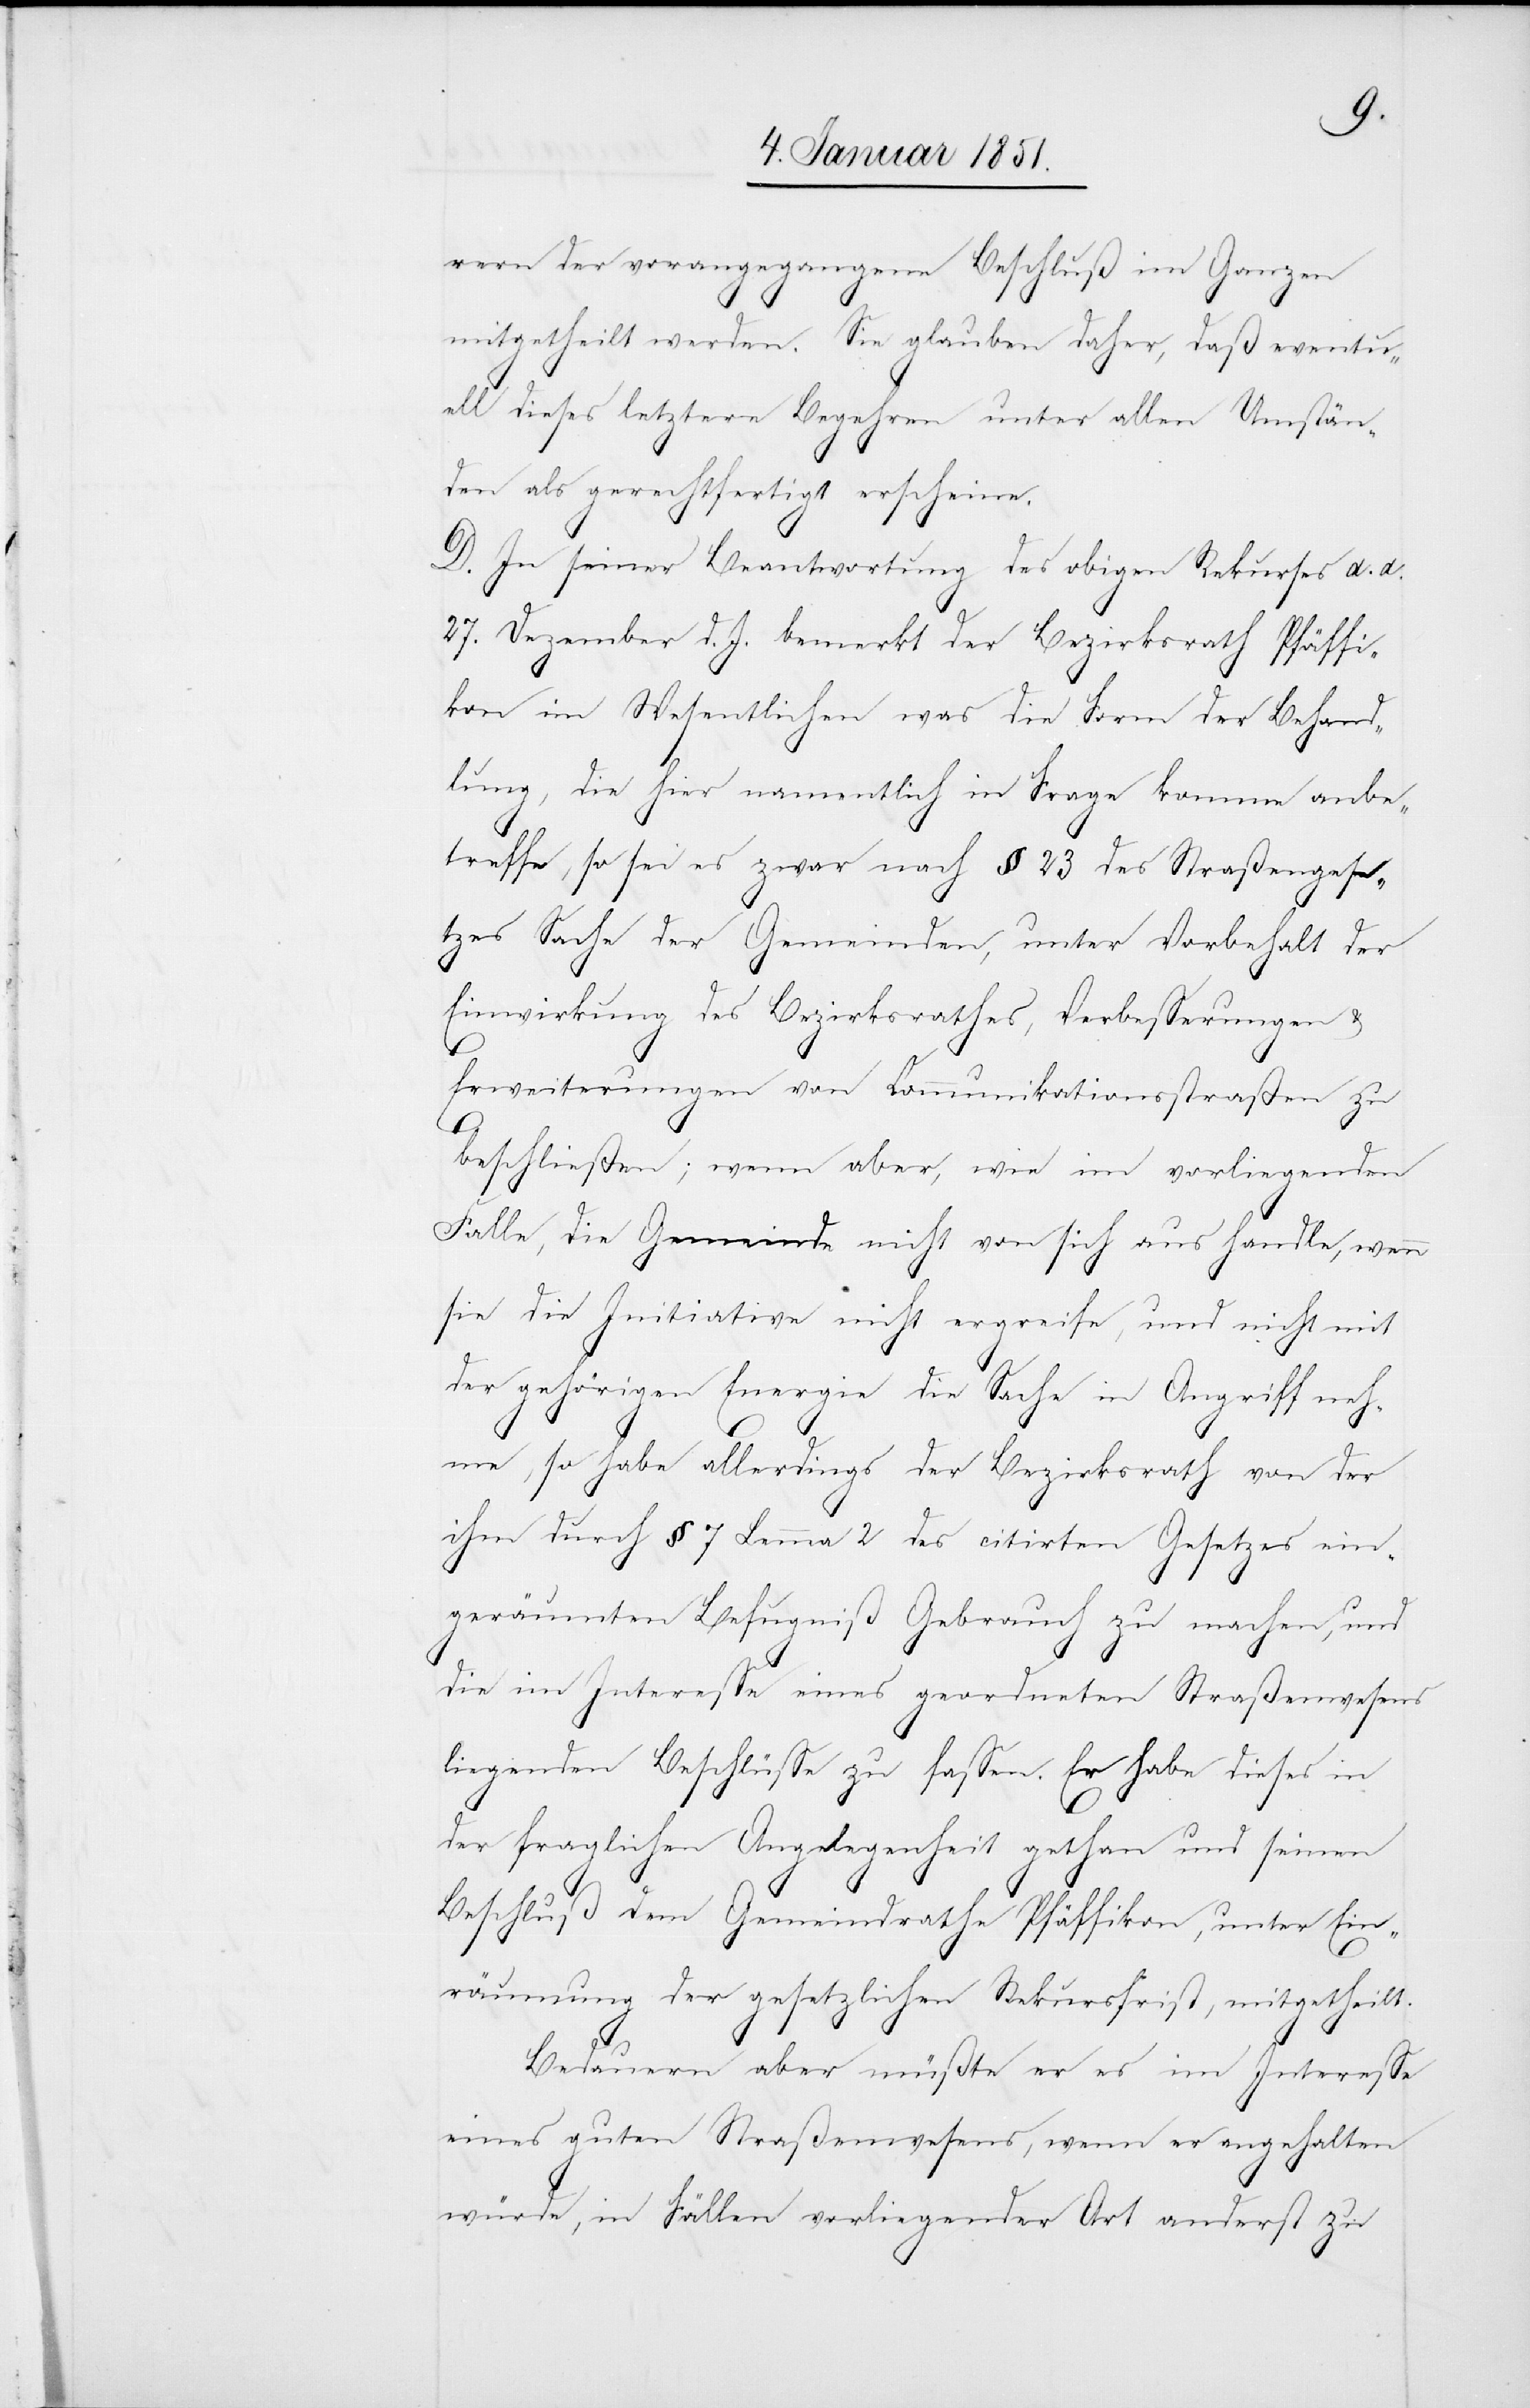
rern der vorangegangene Beschluß im Ganzen
mitgetheilt werden. Sie glauben daher, daß eventu¬
ell dieses letztere Begehren unter allen Umstän¬
den als gerechtfertigt erscheine.
D. In seiner Beantwortung des obigen Rekurses d. d.
J. [recte: v. J.] bemerkt der Bezirksrath Pfäffi¬
kon im Wesentlichen was die Form der Behand¬
lung, die hier namentlich in Frage komme anbe¬
treffe, so sei es zwar nach § 23 des Straßengese¬
tzes Sache der Gemeinden, unter Vorbehalt der
Einwirkung des Bezirksrathes, Verbesserungen &
27.
d.
Erweiterungen von Communikationsstraßen zu
beschließen; wenn aber, wie im vorliegenden
Falle, die Gemeinde nicht von sich aus handle, wenn
sie die Initiative nicht ergreife, und nicht mit
der gehörigen Energie die Sache in Angriff neh¬
me, so habe allerdings der Bezirksrath von der
ihm durch § 7 Lemma 2 des citirten Gesetzes ein¬
geräumten Befugniß Gebrauch zu machen, und
die im Interesse eines geordneten Straßenwesens
liegenden Beschlüsse zu fassen. Er habe dieses in
der fraglichen Angelegenheit gethan und seinen
Beschluß dem Gemeindrathe Pfäffikon, unter Ein¬
räumung der gesetzlichen Rekursfrist, mitgetheilt.
Bedauern aber müßte er es im Interesse
eines guten Straßenwesens, wenn er angehalten
würde, in Fällen vorliegender Art anderst zu